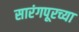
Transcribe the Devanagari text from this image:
सारंगपूरच्या